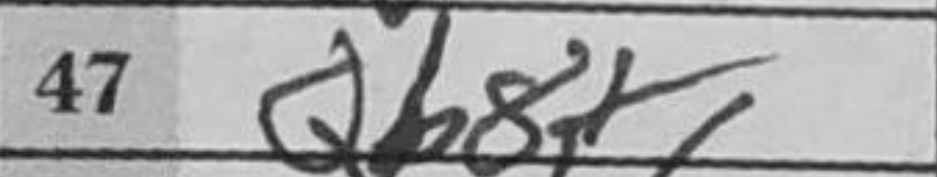
Transcription: Qb8+